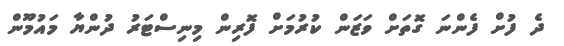
ދެ ފުށް ފެންނަ ގޮތަށް ވަޒަން ކުރުމަށް ފޮރިން މިނިސްޓަރު ދުންޔާ މައުމޫން